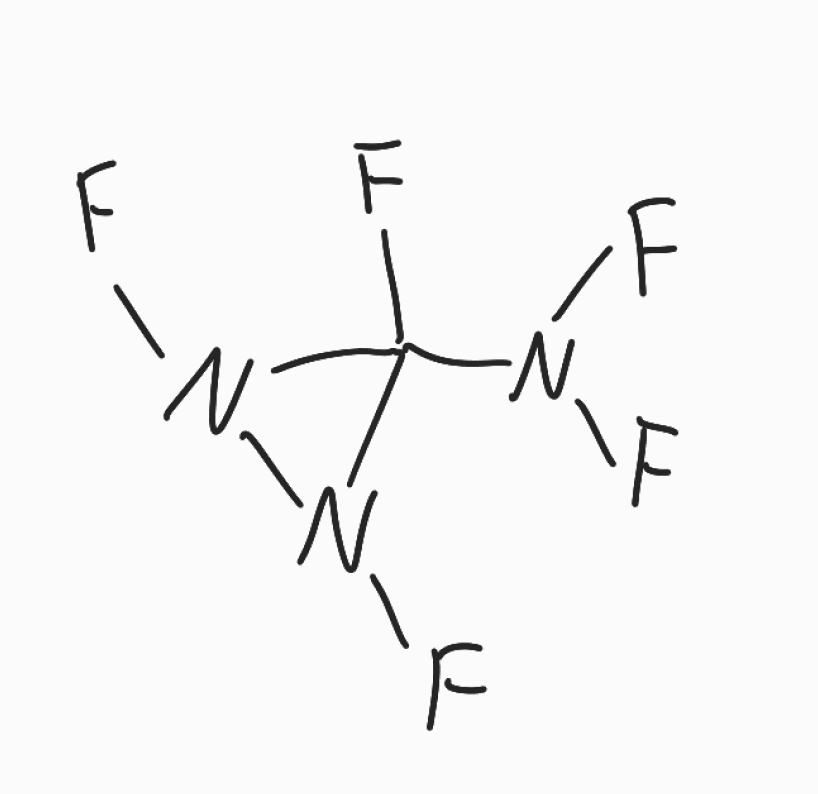
Simplified molecular-input line-entry system (SMILES) notation of the given molecule:
C1(N(N1F)F)(N(F)F)F